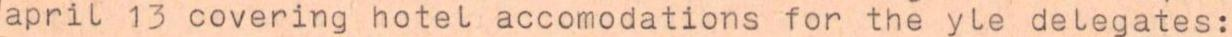
april 13 covering hotel accomodations for the yle delegates: